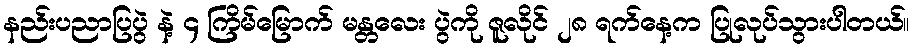
နည်းပညာပြပွဲ နဲ့ ၄ ကြိမ်မြောက် မန္တလေး ပွဲကို ဇူလိုင် ၂၈ ရက်နေ့က ပြုလုပ်သွားပါတယ်။